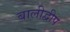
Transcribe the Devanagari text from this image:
बालीद्वीप